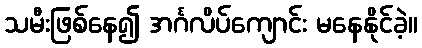
သမီးဖြစ်နေ၍ အင်္ဂလိပ်ကျောင်း မနေနိုင်ခဲ့။